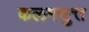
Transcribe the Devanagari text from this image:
कलमसुत्त